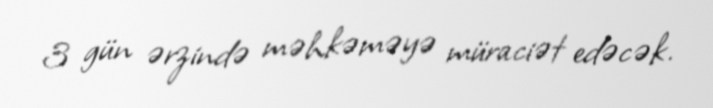
3 gün ərzində məhkəməyə müraciət edəcək.